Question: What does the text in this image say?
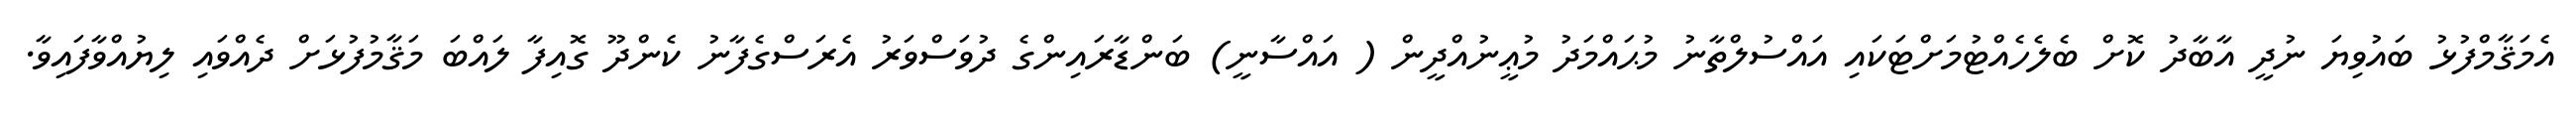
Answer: އެމަޤާމްފުޅު ބައުވިޔަ ނުދީ އާބާދު ކޮށް ބެލެހެއްޓުމަށްޓަކައި އައްސުލްތާނު މުޙައްމަދު މުޢީނުއްދީން ( އައްސާނީ) ބަންޑާރައިންގެ ދުވަސްވަރު އެރަސްގެފާނު ކެންދޫ ގޮއިފާ ލައްބަ މަޤާމުފުޅަށް ދެއްވައި ލިޔުއްވާފައިވާ.